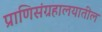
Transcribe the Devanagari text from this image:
प्राणिसंग्रहालयातील